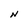
Character: N